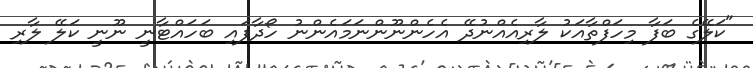
"ކަލޭގެ ބަފާ މިހަފްތާއަކު ލާރިއެއްނުދޭ އެހެންނޫންނަމައެންނު ހޯދާފައި ބަހައްޓާނީ ނޫނީ ކަލޭ ލާރި